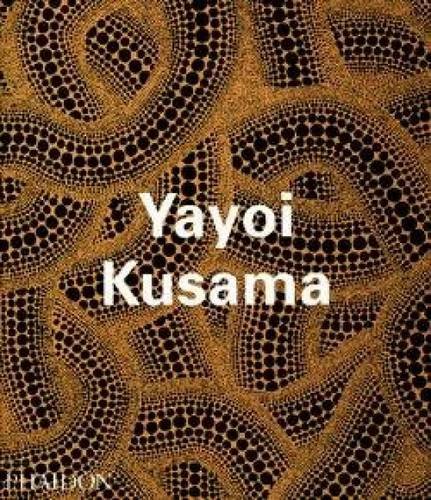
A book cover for Yayoi Kusama (Contemporary Artists); Laura Hoptman; Arts & Photography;